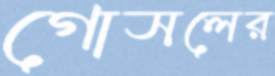
গোসলের